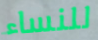
للنساء